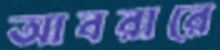
আবরারে